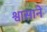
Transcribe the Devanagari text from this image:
श्वासाने